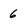
Character: 6